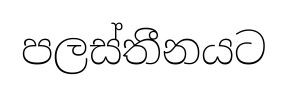
පලස්තීනයට